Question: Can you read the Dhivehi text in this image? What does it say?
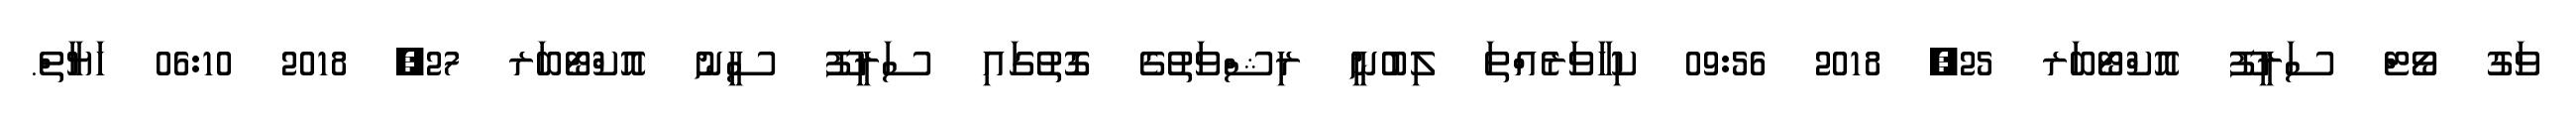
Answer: ވަގު ވޯޓް ސަރީފޫ އޮކްޓޯބަރ 25, 2018 09:56 ކިހާވަރެއްތަ ލިބުނީ ރިޝްވަތުގެ ގޮތުގައި ސަރީފޫ ސީނު އޮކްޓޯބަރ 27, 2018 06:10 ހަޔާތް.